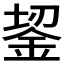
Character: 𬫎